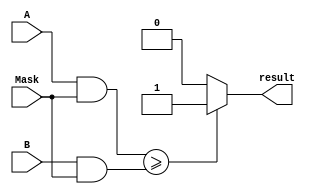
module Masked_Comparator (
    input [31:0] A,
    input [31:0] B,
    input [31:0] Mask,
    output reg result
    );

    reg [31:0] masked_A;
    reg [31:0] masked_B;

    always @* begin
        masked_A = A & Mask;
        masked_B = B & Mask;

        if (masked_A >= masked_B)
            result = 1;
        else 
            result = 0;
    end

endmodule